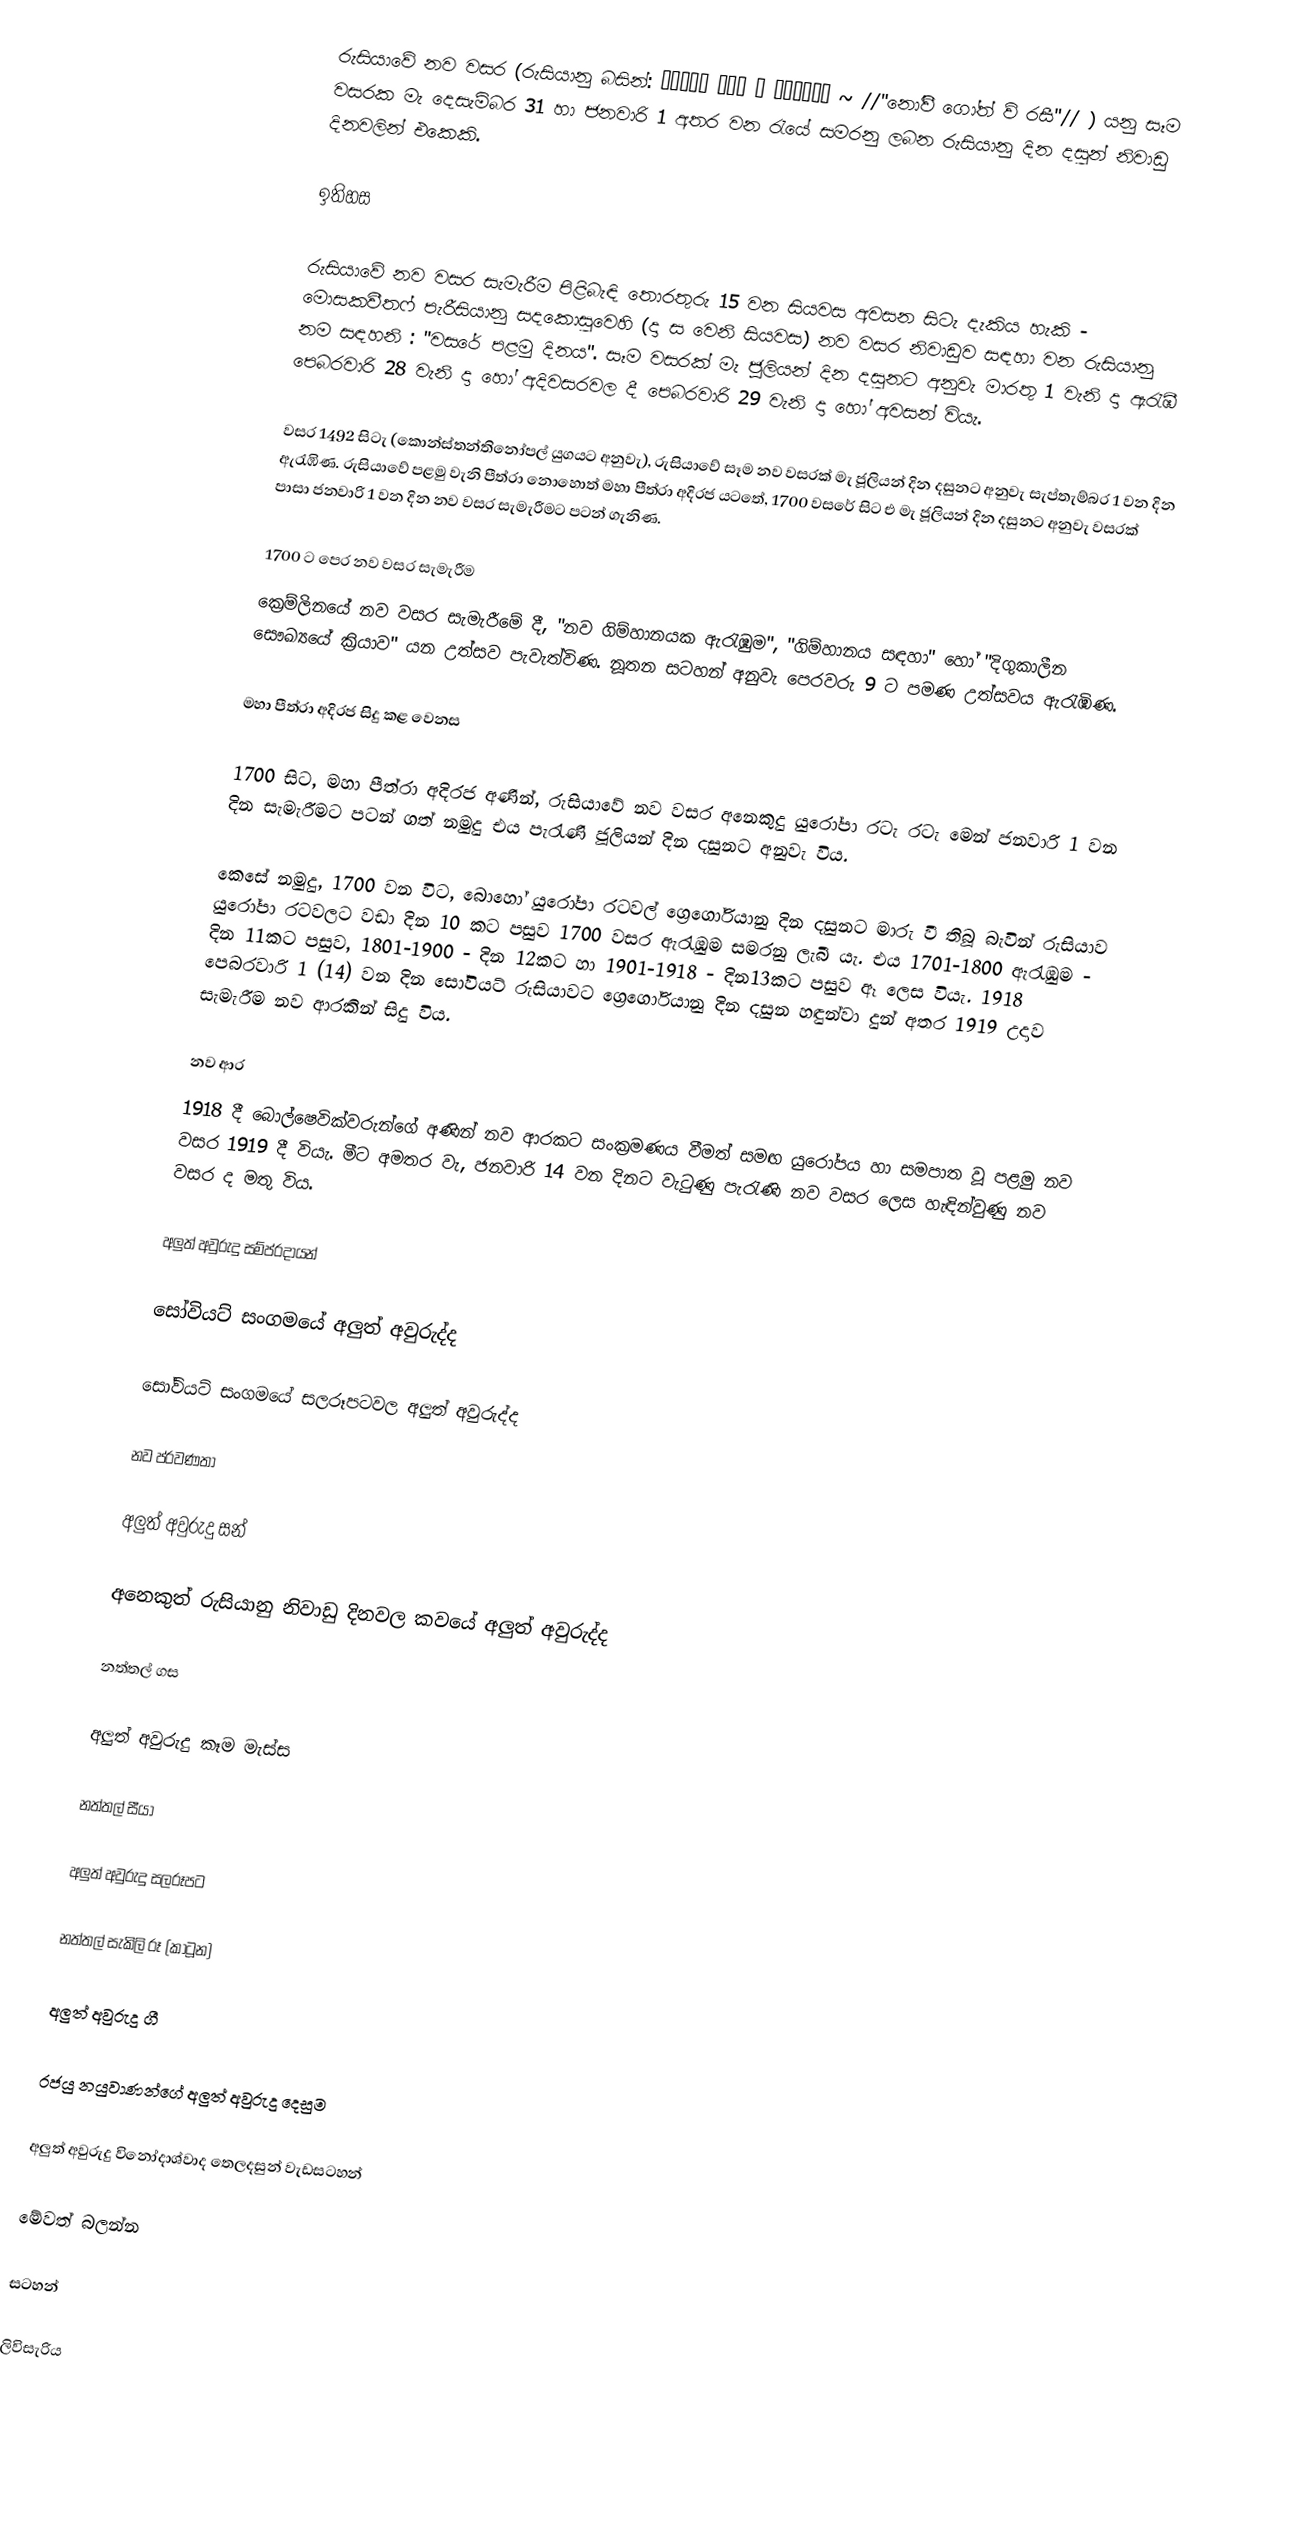
රුසියාවේ නව වසර (රුසියානු බසින්: Новый год в России ~ //"නෝවී ගෝත් ව් රසී"// ) යනු සෑම වසරක මැ දෙසැම්බර 31 හා ජනවාරි 1 අතර වන රැයේ සමරනු ලබන රුසියානු දින දසුන් නිවාඩු දිනවලින් එකෙකි.

ඉතිහස

රුසියාවේ නව වසර සැමැරීම පිළිබැඳි තොරතුරු 15 වන සියවස අවසන සිටැ දැකිය හැකි - මොසකවීතෆ් පැරීසියානු සදකොසුවෙහි (දා ස වෙනි සියවස) නව වසර නිවාඩුව සඳහා වන රුසියානු නම සඳහනි : "වසරේ පළමු දිනය". සෑම වසරක් මැ ජූලියන් දින දසුනට අනුවැ මාරතු 1 වැනි දා ඇරැඹී පෙබරවාරි 28 වැනි දා හෝ අදිවසරවල දී පෙබරවාරි 29 වැනි දා හෝ අවසන් වියැ.

වසර 1492 සිටැ (කොන්ස්තන්තිනෝපල් යුගයට අනුවැ), රුසියාවේ සෑම නව වසරක් මැ ජූලියන් දින දසුනට අනුවැ සැප්තැම්බර 1 වන දින ඇරැඹිණ. රුසියාවේ පළමු වැනි පීත්රා නොහොත් මහා පීත්රා අදිරජ යටතේ, 1700 වසරේ සිට එ මැ ජූලියන් දින දසුනට අනුවැ වසරක් පාසා ජනවාරි 1 වන දින නව වසර සැමැරීමට පටන් ගැනිණ.

1700 ට පෙර නව වසර සැමැරීම
ක්‍රෙම්ලිනයේ නව වසර සැමැරීමේ දී, "නව ගිම්හානයක ඇරැඹුම", "ගිම්හානය සඳහා" හෝ "දිගුකාලීන සෞඛ්‍යයේ ක්‍රියාව" යන උත්සව පැවැත්විණ. නූතන සටහන් අනුවැ පෙරවරු 9 ට පමණ උත්සවය ඇරැඹිණ.

මහා පීත්රා අදිරජ සිදු කළ වෙනස

1700 සිට, මහා පීත්රා අදිරජ අණින්, රුසියාවේ නව වසර අනෙකුදු යුරෝපා රටැ රටැ මෙන් ජනවාරි 1 වන දින සැමැරීමට පටන් ගත් නමුදු එය පැරැණි ජූලියන් දින දසුනට අනුවැ විය.

කෙසේ නමුදු, 1700 වන විට, බොහෝ යුරෝපා රටවල් ග්‍රෙගෝරියානු දින දසුනට මාරු වී තිබූ බැවින් රුසියාව යුරෝපා රටවලට වඩා දින 10 කට පසුව 1700 වසර ඇරැඹුම සමරනු ලැබී යැ. එය 1701-1800 ඇරැඹුම - දින 11කට පසුව, 1801-1900 - දින 12කට හා 1901-1918 - දින13කට පසුව ඈ ලෙස වියැ. 1918 පෙබරවාරි 1 (14) වන දින සෝවියට් රුසියාවට ග්‍රෙගෝරියානු දින දසුන හඳුන්වා දුන් අතර 1919 උදාව සැමැරීම නව ආරකින් සිදු විය.

නව ආර
1918 දී බොල්ෂෙවික්වරුන්ගේ අණින් නව ආරකට සංක්‍රමණය වීමත් සමඟ යුරෝපය හා සමපාත වූ පළමු නව වසර 1919 දී වියැ. මීට අමතර වැ, ජනවාරි 14 වන දිනට වැටුණු පැරැණි නව වසර ලෙස හැඳින්වුණු නව වසර ද මතු විය.

අලුත් අවුරුදු සම්ප්රදායන්

සෝවියට් සංගමයේ අලුත් අවුරුද්ද

සෝවියට් සංගමයේ සලරූපටවල අලුත් අවුරුද්ද

නව ප්රවණතා

අලුත් අවුරුදු සන්

අනෙකුත් රුසියානු නිවාඩු දිනවල කවයේ අලුත් අවුරුද්ද

නත්තල් ගස

අලුත් අවුරුදු කෑම මැස්ස

නත්තල් සීයා

අලුත් අවුරුදු සලරූපට

නත්තල් සැකිලි රූ (කාටූන)

අලුත් අවුරුදු ගී

රජයු නයුවාණන්ගේ අලුත් අවුරුදු දෙසුම

අලුත් අවුරුදු විනෝදාශ්වාද තෙලදසුන් වැඩසටහන්

මේවත් බලන්න

සටහන්

ලිවිසැරිය